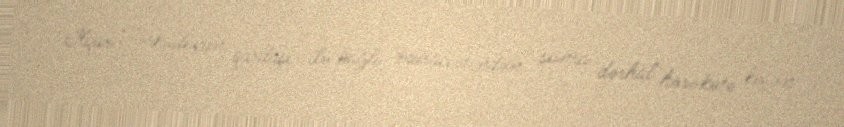
İlqar Fərhadovun qardaşı ilə bağlı müraciətindən sonra dərhal hərəkətə keçən